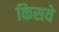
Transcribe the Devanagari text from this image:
किसवे